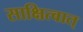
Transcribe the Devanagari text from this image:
साक्षित्वात्